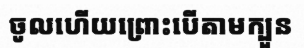
ចូលហើយព្រោះបើតាមក្បួន